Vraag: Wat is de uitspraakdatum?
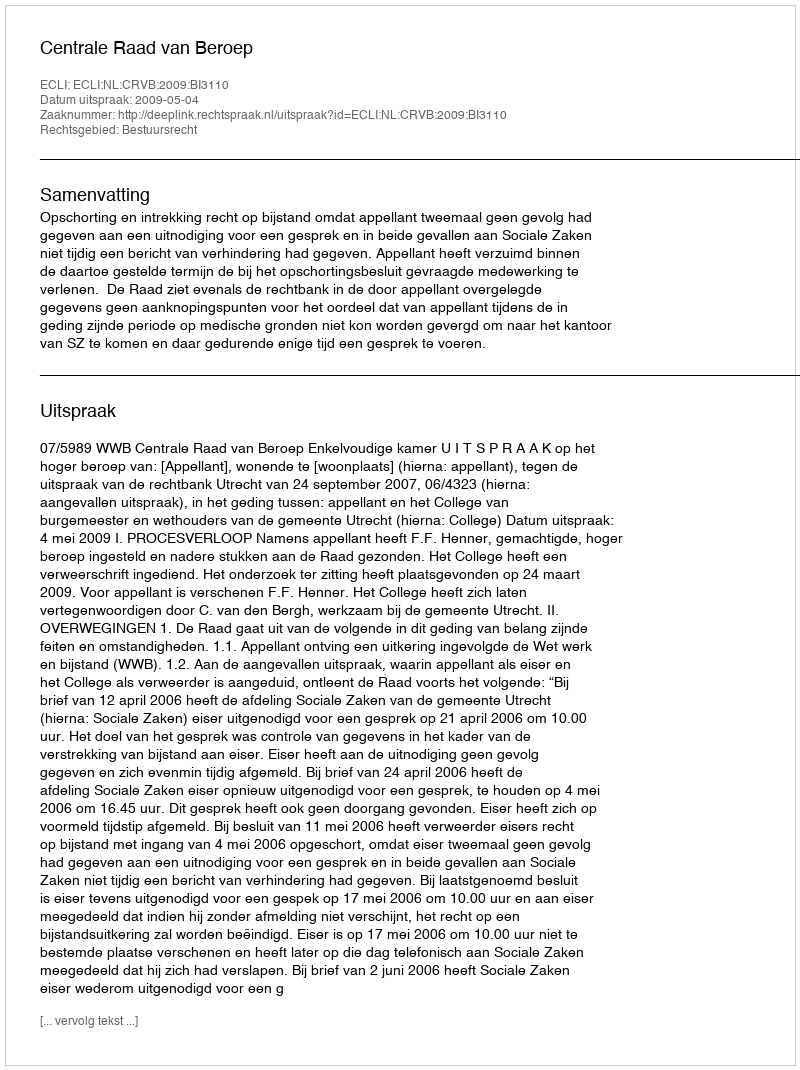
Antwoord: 2009-05-04